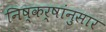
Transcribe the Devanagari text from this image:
निष्कर्षांनुसार